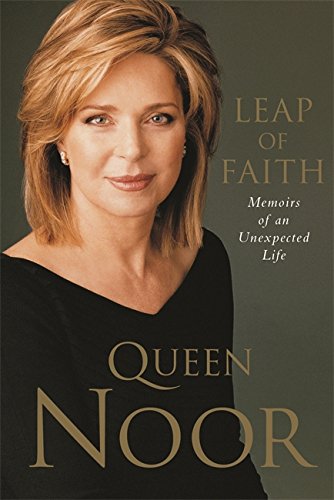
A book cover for Leap of Faith:  Memoirs of an Unexpected Life; Her Majesty Queen Noor; History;